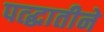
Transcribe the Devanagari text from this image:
पत्द्धातीने